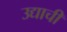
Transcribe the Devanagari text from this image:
उद्याची